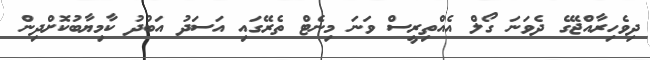
ދިވެހިރާއްޖޭގެ ދެވަނަ ގޯލް އެއްތިރީސް ވަނަ މިނެޓް ތެރޭގައި އަސަދު އަބުދު ކާމިޔާބުކޮށްދިން